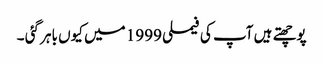
پوچھتے ہیں آپ کی فیملی 1999 میں کیوں باہر گئی ۔